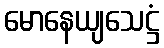
မောနေယျသေဋ္ဌံ